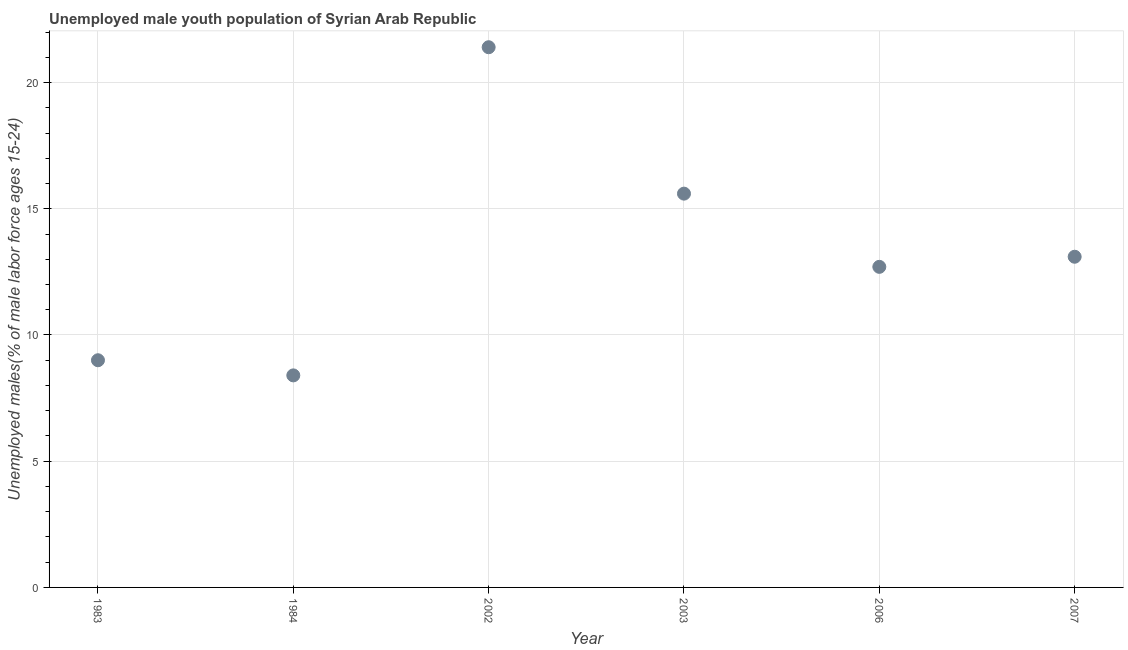
| Year | Unemployment youth male |
 | --- | --- |
 | 1983 | 9 |
 | 1984 | 8.4 |
 | 2002 | 21.4 |
 | 2003 | 15.6 |
 | 2006 | 12.7 |
 | 2007 | 13.1 |